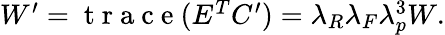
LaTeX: \begin{array}{r}{W^{\prime}=\mathrm{~t~r~a~c~e~}(E^{T}C^{\prime})=\lambda_{R}\lambda_{F}\lambda_{p}^{3}W.}\end{array}